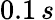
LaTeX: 0.1\, s